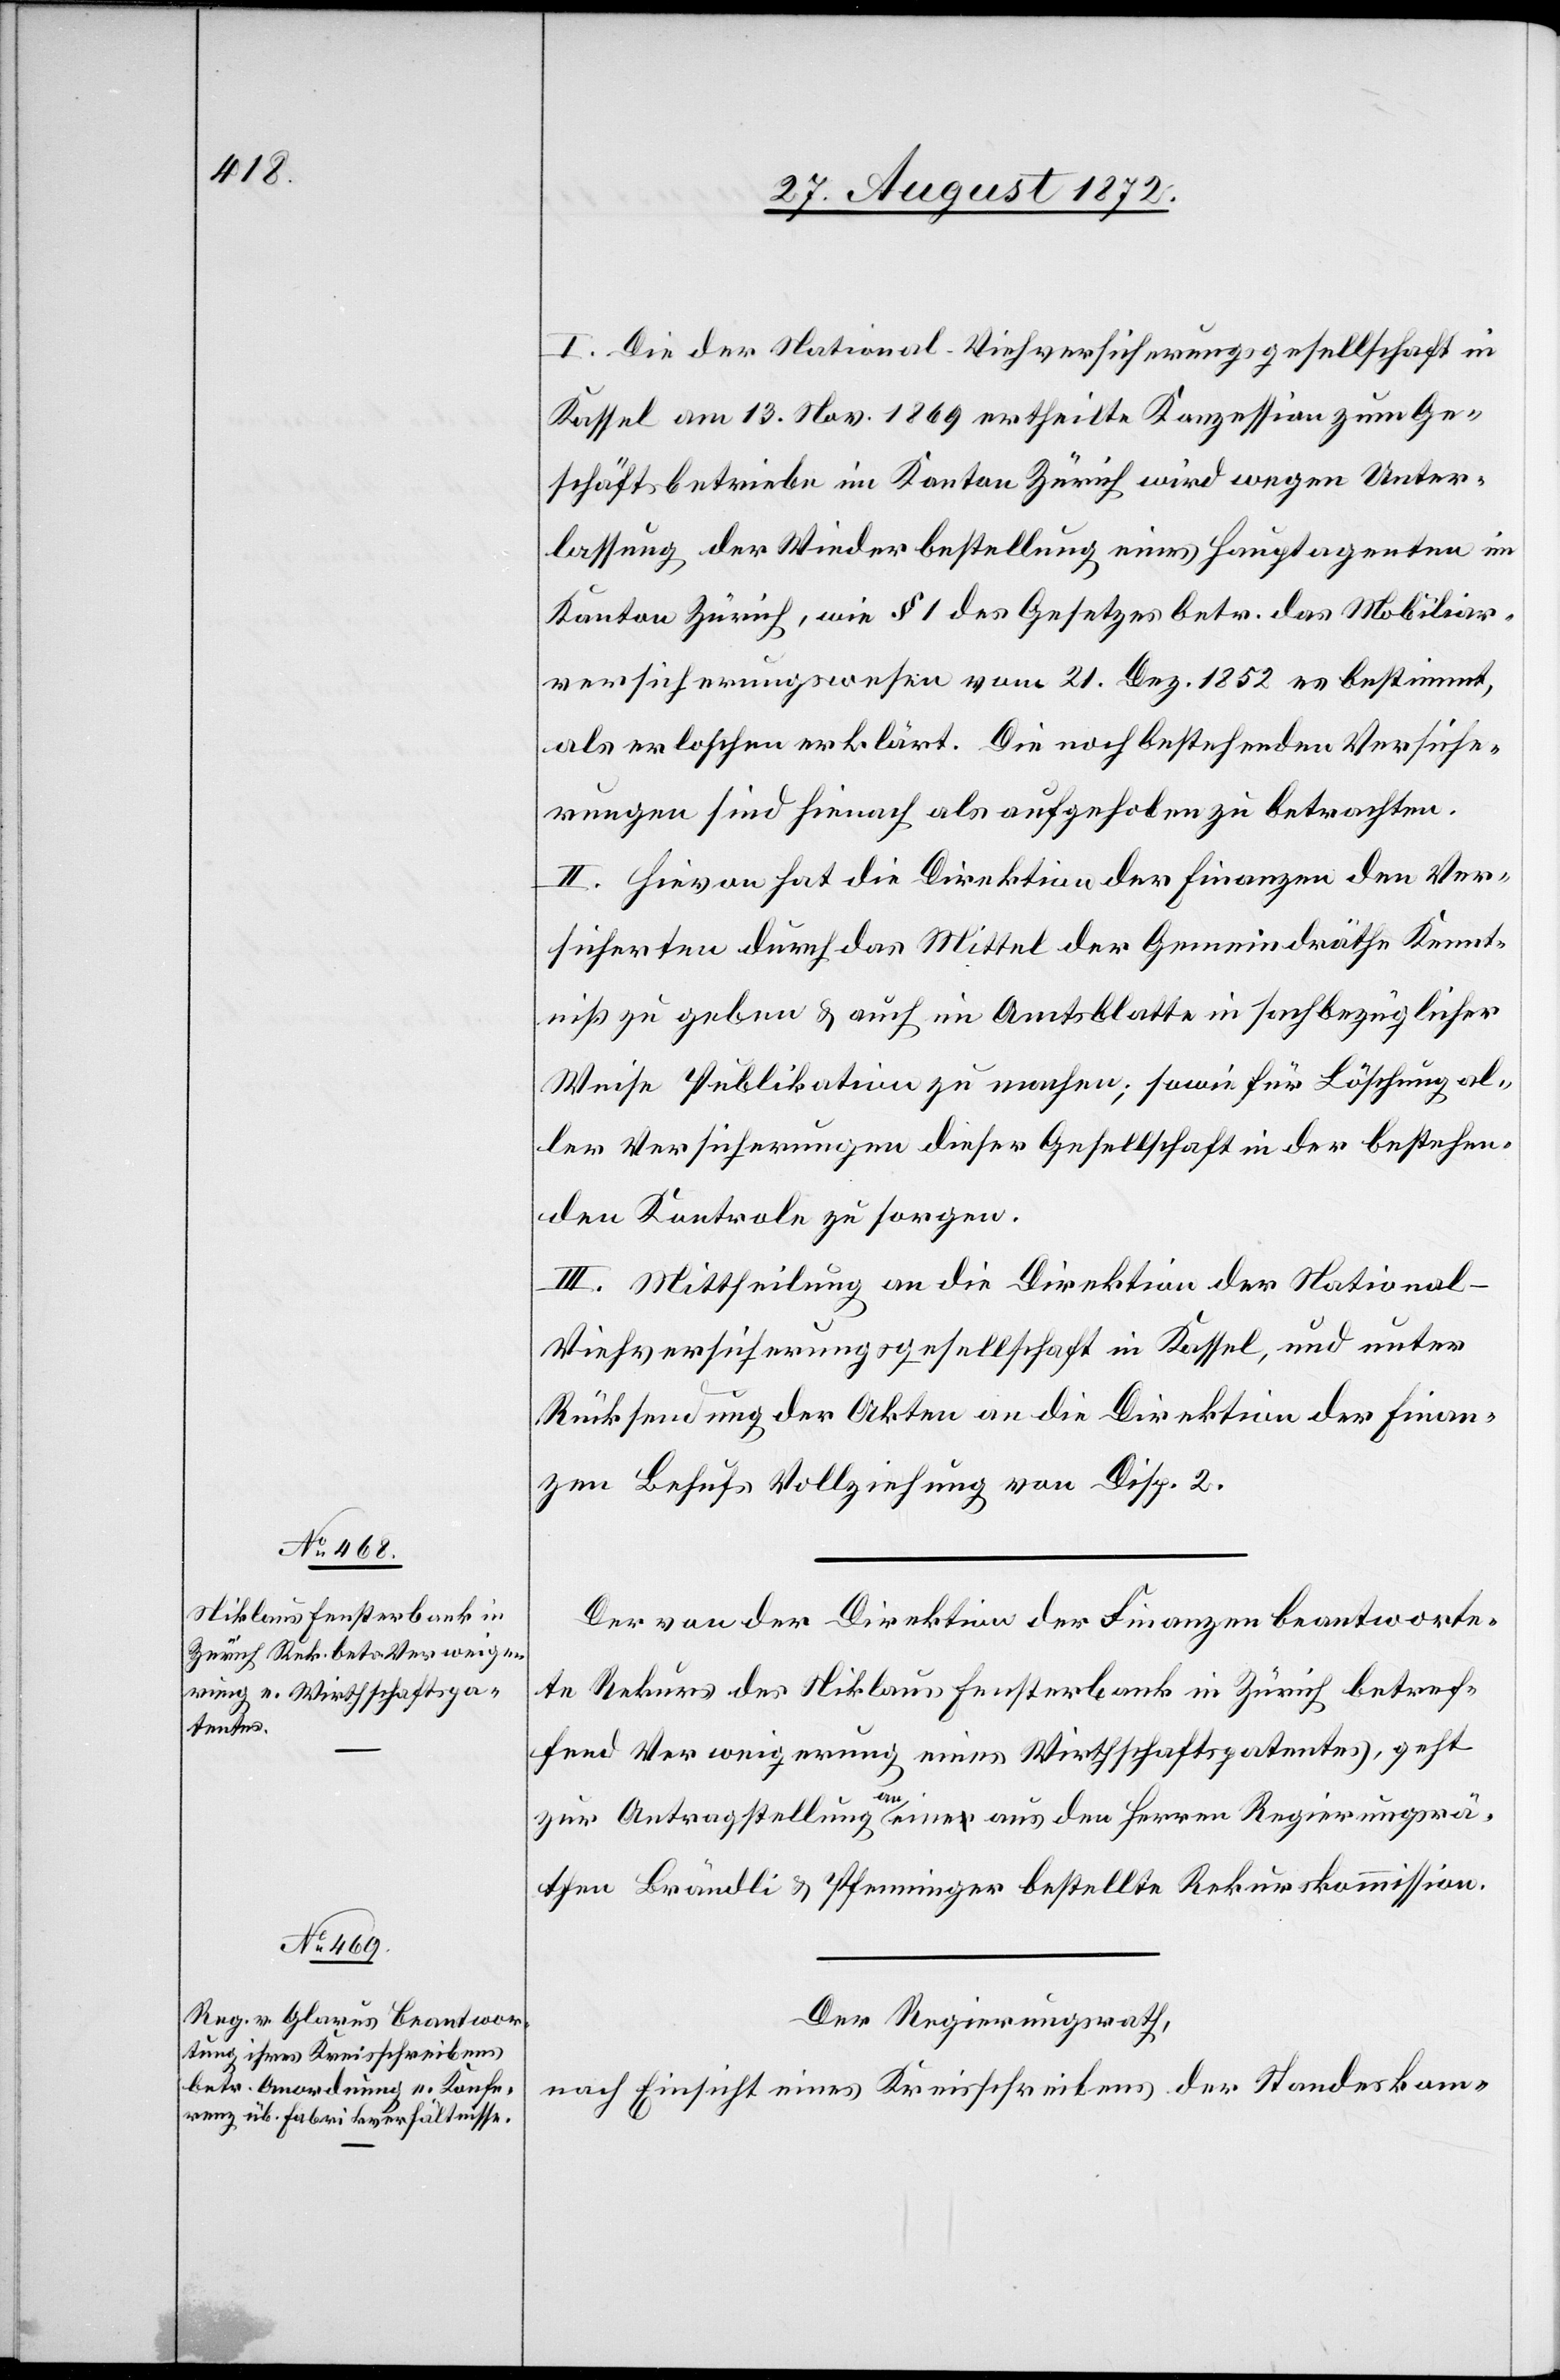
I. Die der National-Viehversicherungsgesellschaft in
Kassel am 13. Nov. 1869 ertheilte Konzession zum Ge¬
schäftsbetriebe im Kanton Zürich wird wegen Unter¬
lassung der Wiederbestellung eines Hauptagenten im
Kanton Zürich, wie § 1 des Gesetzes betr. das Mobiliar¬
versicherungswesen vom 21. Dez. 1852 es bestimmt,
als erloschen erklärt. Die noch bestehenden Versiche¬
rungen sind hienach als aufgehoben zu betrachten.
II. Hievon hat die Direktion der Finanzen den Ver¬
sicherten durch das Mittel der Gemeindräthe Kennt¬
niß zu geben u. auch im Amtsblatte in sachbezüglicher
Weise Publikation zu machen; sowie für Löschung al¬
ler Versicherungen dieser Gesellschaft in der bestehen¬
den Kontrole zu sorgen.
III. Mittheilung an die Direktion der National-V¬
iehversicherungsgesellschaft in Kassel, und unter
Rücksendung der Akten an die Direktion der Finan¬
zen Behufs Vollziehung von Disp. 2.
Der von der Direktion der Finanzen beantworte¬
te Rekurs des Niklaus Fensterbank in Zürich betref¬
fend Verweigerung eines Wirthschaftspatentes, geht
zur Antragstellung an eine aus den Herren Regierungsrä¬
then Brändli u. Pfenninger bestellte Rekurskommission.
Der Regierungsrath,
nach Einsicht eines Kreisschreibens der Standeskom-